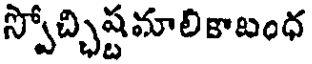
స్పోచ్చిష్టమాలికాబంధ